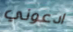
ادعوني